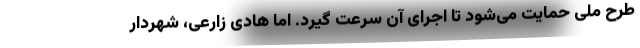
طرح ملی حمایت می‌شود تا اجرای آن سرعت گیرد. اما هادی زارعی، شهردار